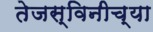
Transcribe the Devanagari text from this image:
तेजस्विनीच्या